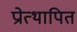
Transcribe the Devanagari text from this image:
प्रोत्थापित